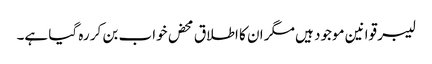
لیبر قوانین موجود ہیں مگر ان کا اطلاق محض خواب بن کر رہ گیا ہے۔